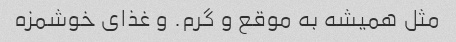
مثل همیشه به موقع و گرم. و غذای خوشمزه